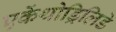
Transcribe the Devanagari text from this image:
एकेंथोड्रिलिडे